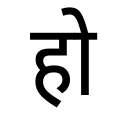
OCR:
हो